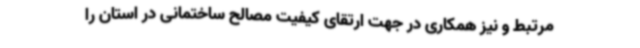
مرتبط و نیز همکاری در جهت ارتقای کیفیت مصالح ساختمانی در استان را